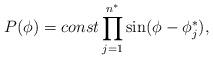
LaTeX: \begin{align*}P(\phi) = const \prod_{j=1}^{n^{\ast}} \sin(\phi-\phi^{\ast}_j),\end{align*}